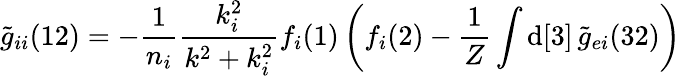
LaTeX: \widetilde{g}_{ii}(12)=-\frac{1}{n_{i}}\frac{k_{i}^{2}}{k^{2}+k_{i}^{2}}f_{i}(1)\left(f_{i}(2)-\frac{1}{Z}\int\mathrm{d}[3]\, \widetilde{g}_{ei}(32)\right)